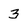
Character: 3